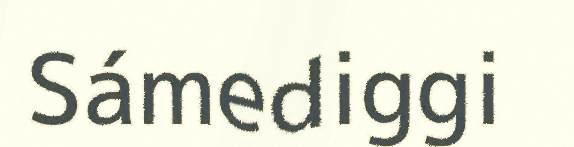
Sámediggi